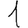
Digit: 1